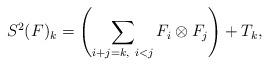
LaTeX: \begin{align*}S^2(F)_k=\left( \sum_{i+j=k, \ i<j} F_i \otimes F_j \right) + T_k,\end{align*}